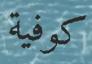
كوفية